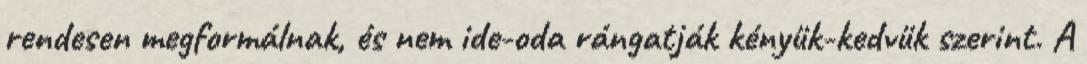
rendesen megformálnak, és nem ide-oda rángatják kényük-kedvük szerint. A